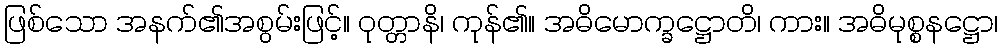
ဖြစ်သော အနက်၏အစွမ်းဖြင့်။ ဝုတ္တာနိ၊ ကုန်၏။ အဓိမောက္ခဋ္ဌောတိ၊ ကား။ အဓိမုစ္စနဋ္ဌော၊